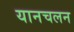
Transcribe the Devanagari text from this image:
यानचलन